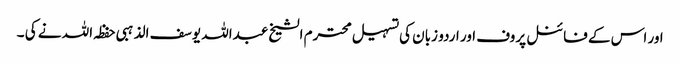
اور اس کے فائنل پروف اور اردو زبان کی تسہیل محترم الشیخ عبداللہ یوسف الذہبی حفظہ اللہ نے کی ۔